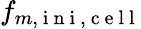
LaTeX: f_{m,\mathrm{~i~n~i~},\mathrm{~c~e~l~l~}}